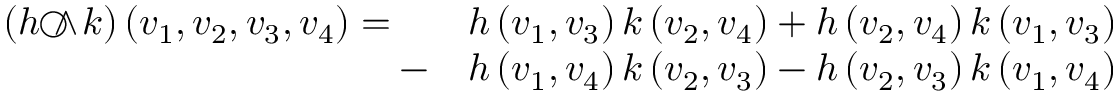
{ \begin{array} { r l } { ( h { ~ \wedge \! \! \! \! \! \! \! \! \; \bigcirc ~ } k ) \left( v _ { 1 } , v _ { 2 } , v _ { 3 } , v _ { 4 } \right) = \quad } & { h \left( v _ { 1 } , v _ { 3 } \right) k \left( v _ { 2 } , v _ { 4 } \right) + h \left( v _ { 2 } , v _ { 4 } \right) k \left( v _ { 1 } , v _ { 3 } \right) } \\ { - } & { h \left( v _ { 1 } , v _ { 4 } \right) k \left( v _ { 2 } , v _ { 3 } \right) - h \left( v _ { 2 } , v _ { 3 } \right) k \left( v _ { 1 } , v _ { 4 } \right) } \end{array} }